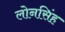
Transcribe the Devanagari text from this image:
लोनसिंह